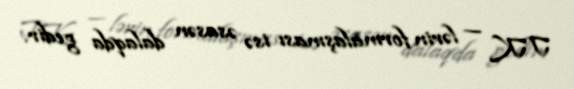
TK — lərin formalaşması isə əsasən dalaqda gedir.